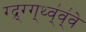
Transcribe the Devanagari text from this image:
ग्द्र्ग्ग्थ्व्॑व्॑वे